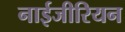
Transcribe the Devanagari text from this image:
नाईजीरियन